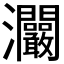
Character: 𤅾